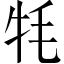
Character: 牦